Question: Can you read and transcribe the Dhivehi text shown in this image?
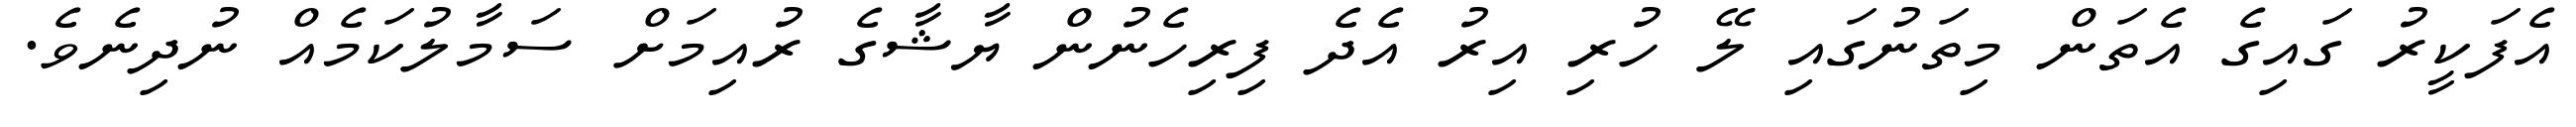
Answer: އެފަކީރު ގައިގެ އެތަން މިތަނުގައި ލޭ ހުރި އިރު އެދެ ފިރިހެނުން ޔާޝާގެ ރުއިމަށް ސަމާލުކަމެއް ނުދިނެވެ.